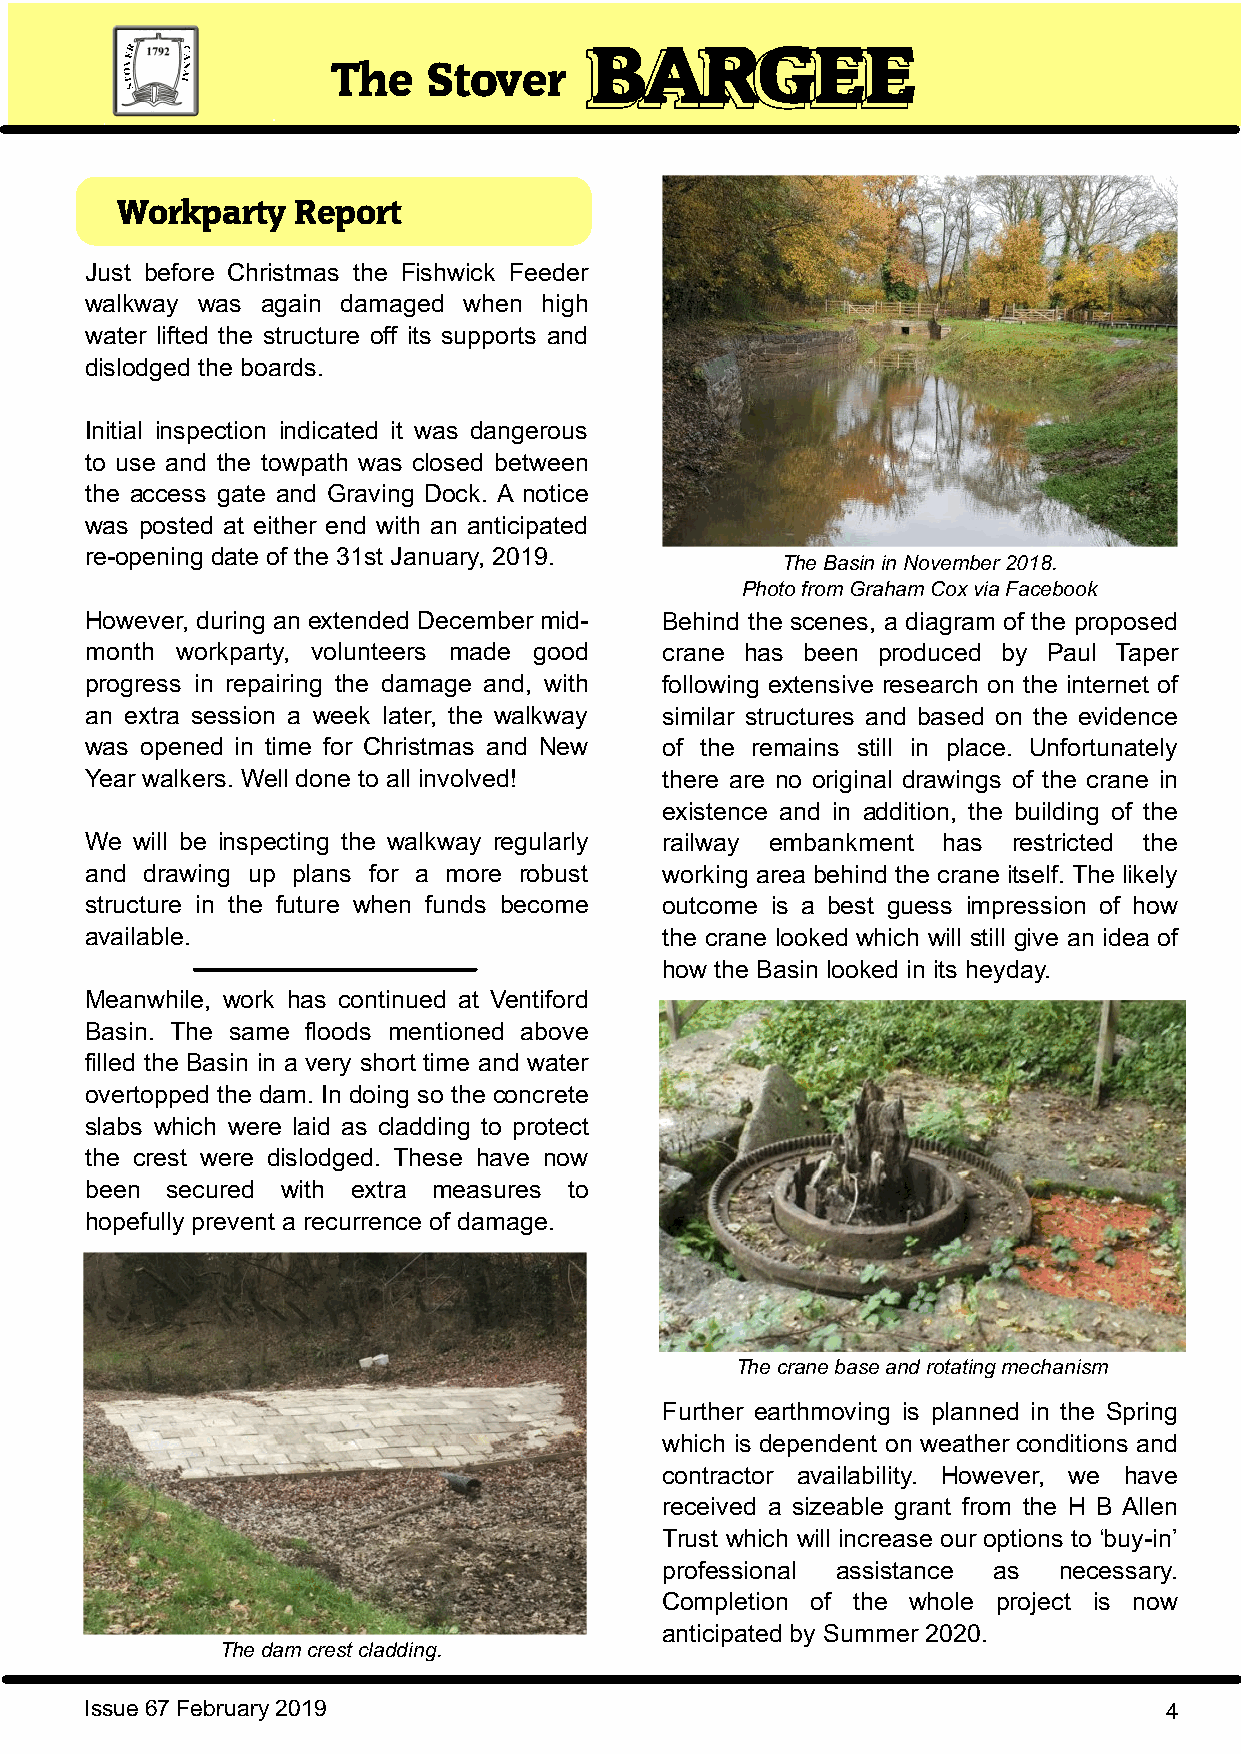
BBAARRGGEEEE
 The   Stover
 Workparty   Report
 Just before Christmas the Fishwick Feeder                                                         Obituary
 walkway was again damaged when high
 water lifted the structure off its supports and
 dislodged the boards.
 Initial inspection indicated it was dangerous
 to use and the towpath was closed between
 the access gate and Graving Dock. A notice
 was posted at either end with an anticipated
 re-opening date of the 31st January, 2019.
 The Basin in November 2018.
 Photo from Graham Cox via Facebook
 However, during an extended December mid- Behind the scenes, a diagram of the proposed
 month workparty, volunteers made good crane has been produced by Paul Taper
 progress in repairing the damage and, with following extensive research on the internet of
 an extra session a week later, the walkway similar structures and based on the evidence
 was opened in time for Christmas and New of the remains still in place. Unfortunately
 Year walkers. Well done to all involved! there are no original drawings of the crane in
 existence and in addition, the building of the
 We will be inspecting the walkway regularly railway embankment has restricted the
 and drawing up plans for a more robust working area behind the crane itself. The likely
 structure in the future when funds become outcome is a best guess impression of how
 available.                            the crane looked which will still give an idea of
 how the Basin looked in its heyday.
 Meanwhile, work has continued at Ventiford
 Basin. The same floods mentioned above
 filled the Basin in a very short time and water
 overtopped the dam. In doing so the concrete
 slabs which were laid as cladding to protect
 the crest were dislodged. These have now
 been secured with extra measures to
 hopefully prevent a recurrence of damage.
 The crane base and rotating mechanism
 Further earthmoving is planned in the Spring
 which is dependent on weather conditions and
 contractor availability. However, we have
 received a sizeable grant from the H B Allen
 Trust which will increase our options to ‘buy-in’
 professional assistance as necessary.
 Completion of the whole project is now
 anticipated by Summer 2020.
 The dam crest cladding.
 Issue 67 February 2019                                                 4